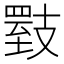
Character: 𪯇